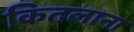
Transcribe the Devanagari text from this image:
कितलाना